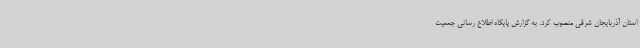
استان آذربایجان شرقی منصوب کرد. به گزارش پایگاه اطلاع رسانی جمعیت